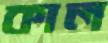
কাল